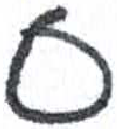
אות: ס